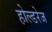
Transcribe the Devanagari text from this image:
होल्डरेज